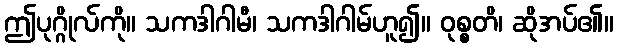
ဤပုဂ္ဂိုလ်ကို။ သကဒါဂါမီ၊ သကဒါဂါမ်ဟူ၍။ ဝုစ္စတိ၊ ဆိုအပ်၏။